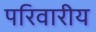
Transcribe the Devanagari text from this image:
परिवारीय